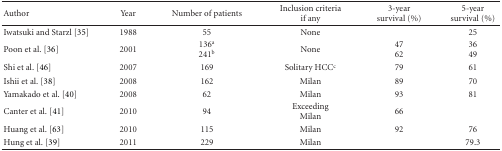
| Author | Year | Number of patients | Inclusion criteria if any | 3-year survival (%) | 5-year survival (%) |
 | --- | --- | --- | --- | --- | --- |
 | Iwatsuki and Starzl [35] | 1988 | 55 | None |  | 25 |
 | Poon et al. [36] | 2001 | 136a241b | None | 4762 | 3649 |
 | Shi et al. [46] | 2007 | 169 | Solitary HCCc | 79 | 61 |
 | Ishii et al. [38] | 2008 | 162 | Milan | 89 | 70 |
 | Yamakado et al. [40] | 2008 | 62 | Milan | 93 | 81 |
 | Canter et al. [41] | 2010 | 94 | Exceeding Milan | 66 |  |
 | Huang et al. [63] | 2010 | 115 | Milan | 92 | 76 |
 | Hung et al. [39] | 2011 | 229 | Milan |  | 79.3 |